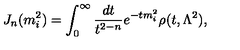
J _ { n } ( m _ { i } ^ { 2 } ) = \int _ { 0 } ^ { \infty } \frac { d t } { t ^ { 2 - n } } e ^ { - t m _ { i } ^ { 2 } } \rho ( t , \Lambda ^ { 2 } ) ,